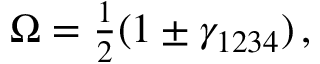
\Omega = \textstyle { \frac { 1 } { 2 } } ( 1 \pm \gamma _ { 1 2 3 4 } ) \, ,